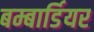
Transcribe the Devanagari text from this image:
बम्बार्डियर